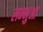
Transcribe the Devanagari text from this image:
लम्‍भुआ